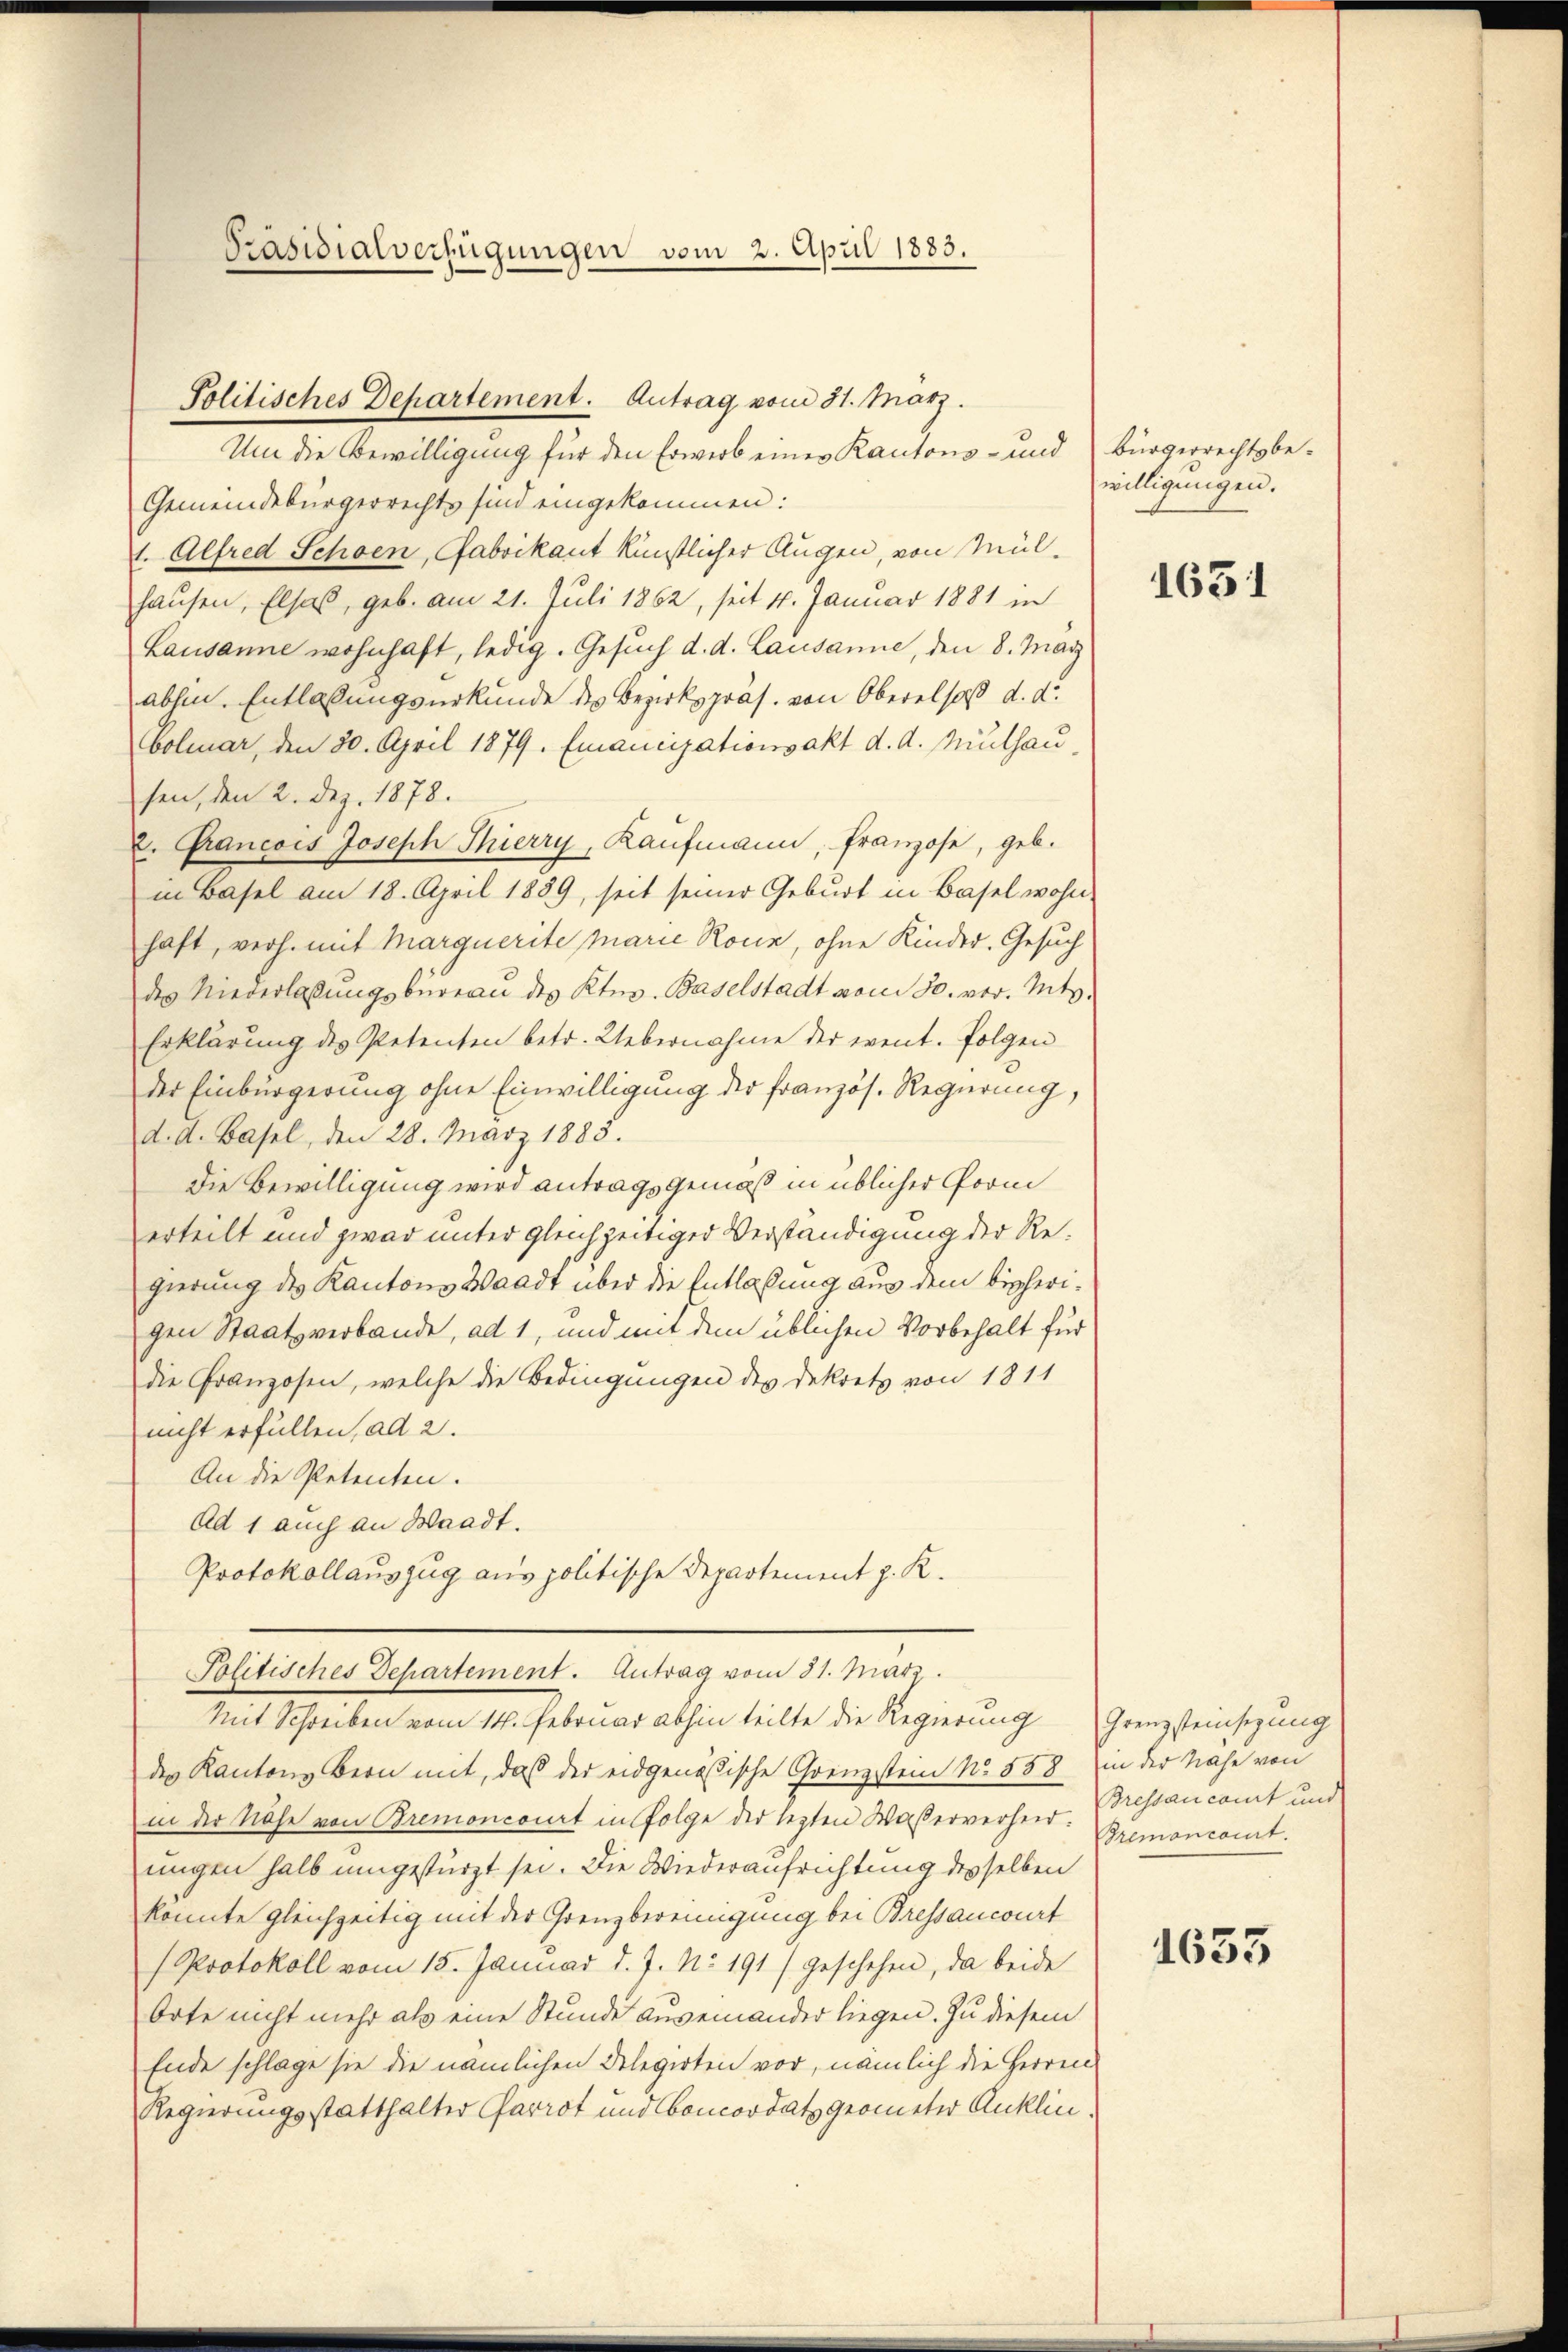
Präsidialverfügungen vom 2. April 1883.

Politisches Departement. Antrag vom 31. März.

Um die Bewilligung für den Erwerb eines Kantons- und Bürgerrechtsbe¬
Gemeindebürgerrechts sind eingekommen:
1. Alfred Schoen, Fabrikant künstlicher Augen, von Mülhausen, Elsaß, geb. am 21. Juli 1862, seit 4. Januar 1881 in
Lausanne wohnhaft, ledig. Gesuch d. d. Lausanne, den 8. May
abhin. Entlassungsurkunde des Bezirkspräs. von Oberalsaß d. d.
Colmar, den 30. April 1879. Emancipationsakt d. d. Mülhau
sen, den 2. Dez. 1878.
2. Francois Joseph Thierry, Kaufmann, franzose, geb.
in Basel am 18. April 1839, seit seiner Geburt in Basel wohn-
haft, verh. mit Marquerite parie Rour, ohne Kinder, Gesuch
des Niederlassŭngsbureau des Kts. Baselstadt vom 30. vor. Mts.
Erklärung des Petenten betr. Uebernahme der event. Folgen
der Einbürgerung ohne Einwilligung der französ. Regierung
d. d. Basel, den 28. März 1883.
die Bewilligung wird antragsgemäß in üblicher Gorm
erteilt und zwar unter gleichzeitiger Verständigung der Regierung des Kantons Waadt über die Entlaßung aus dem bisherigen Staatsverbande, ad 1, und mit dem üblichen Vorbehalt für
die Franzosen, welche die Bedingungen des Dekrets von 1811
nicht erfüllen, ad 2.
An die Petenten.
Ad 1 auch an Waadt.
Protokollauszug aus politische Departement J. K.
Politisches Departement. Antrag vom 31. März.
Mit Schreiben vom 14. Februar abhin teilte die Regierung Grenzsteinsezung
des Kantons Bern mit, daß der eidgenössische Grenzstein No. 558 in der Nahe von
in der Nähe von Bremoncourt in Folge der lezten Waßerverheit: Bremoncamt.
ungen halb umgestürzt sei. Die Wiederaufrichtung desselben
konnte gleichzeitig mit der Grenzbereinigung bei Bressancourt
Protokoll vom 15. Januar d. J. No. 191/ geschehen, da beide
Orte nicht mehr als eine Stunde auseinander liegen. Zu diesem
Ende schlage sie die nämlichen Delegirten vor, nämlich die Herren
Regierungsstatthalter Parrot und Concordat geometer Anklin¬

willigungen.

1631

Bressancamt und

1633